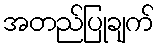
အတည်ပြုချက်